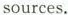
sources.